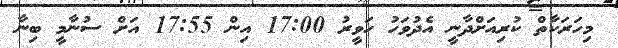
މިހަރަކާތް ކުރިއަށްދާނީ އެދުވަހު ހަވީރު 17:00 އިން 17:55 އަށް ސުނާމީ ބިނާ